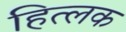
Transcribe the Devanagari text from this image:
हित्लक